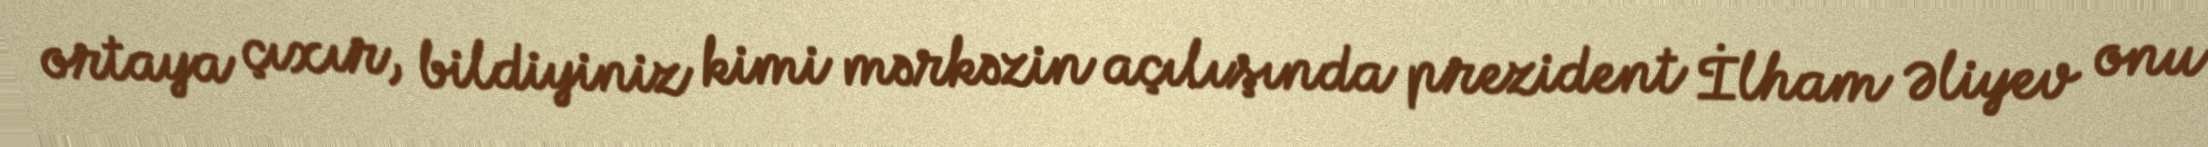
ortaya çıxır, bildiyiniz kimi mərkəzin açılışında prezident İlham Əliyev onu